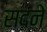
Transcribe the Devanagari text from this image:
सदने